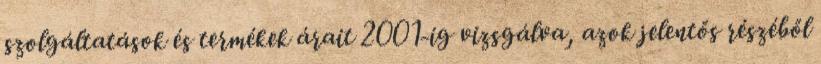
szolgáltatások és termékek árait 2001-ig vizsgálva, azok jelentős részéből